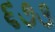
૬૭૩